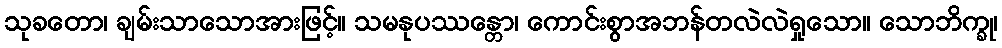
သုခတော၊ ချမ်းသာသောအားဖြင့်။ သမနုပဿန္တော၊ ကောင်းစွာအဘန်တလဲလဲရှုသော။ သောဘိက္ခု၊